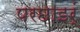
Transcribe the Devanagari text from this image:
परछाइर्ं